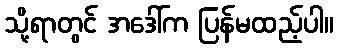
သို့ရာတွင် အဒေါ်က ပြန်မထည့်ပါ။